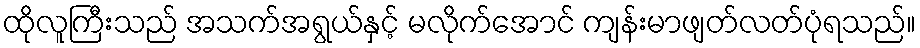
ထိုလူကြီးသည် အသက်အရွယ်နှင့် မလိုက်အောင် ကျန်းမာဖျတ်လတ်ပုံရသည်။